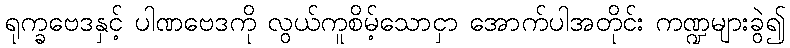
ရုက္ခဗေဒနှင့် ပါဏဗေဒကို လွယ်ကူစိမ့်သောငှာ အောက်ပါအတိုင်း ကဏ္ဍများခွဲ၍